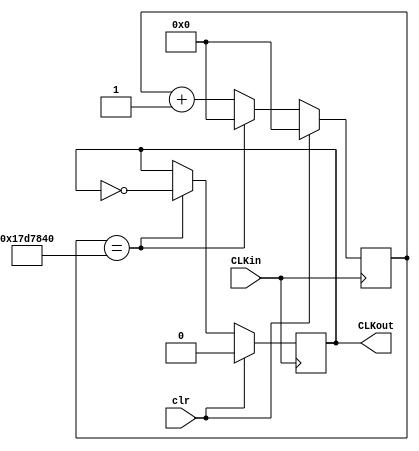
`timescale 1ns / 1ps
module FrequencyDivider(
    input CLKin,
    input clr,
    output reg CLKout
    );
	 reg [31:0] cnt;
	 always @(posedge CLKin) begin
		if(clr) begin
			cnt <= 32'd0;
			CLKout <= 1'b0;
		end
		else if(cnt == 32'd25000000) begin
			cnt <= 32'd0;
			CLKout <= ~CLKout;
		end
		else begin
			cnt <= cnt+1;
		end
	end
endmodule